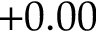
+ 0 . 0 0